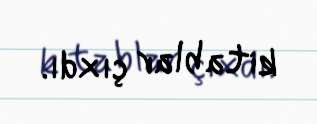
kitablar çıxdı.